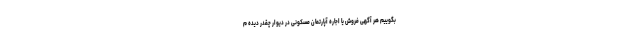
بگوییم هر آگهی فروش یا اجاره آپارتمان مسکونی در دیوار چقدر دیده م